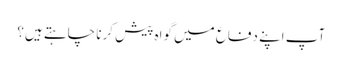
آپ اپنے دفاع میں گواہ پیش کرنا چاہتے ہیں؟